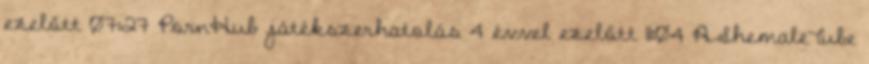
ezelőtt 07:27 PornHub játékszerhatolás 4 évvel ezelőtt 11:04 AShemaleTube